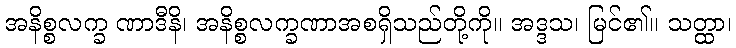
အနိစ္စလက္ခ ဏာဒီနိ၊ အနိစ္စလက္ခဏာအစရှိသည်တို့ကို။ အဒ္ဒသ၊ မြင်၏။ သတ္ထာ၊